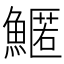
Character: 𩺱